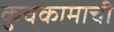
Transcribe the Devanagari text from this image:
कुचकामाची